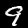
Digit: 9